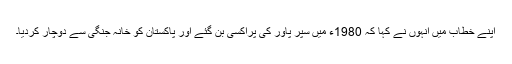
اپنے خطاب میں انہوں نے کہا کہ 1980ء میں سپر پاور کی پراکسی بن گئے اور پاکستان کو خانہ جنگی سے دوچار کردیا۔